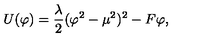
U ( \varphi ) = { \frac { \lambda } { 2 } } ( \varphi ^ { 2 } - \mu ^ { 2 } ) ^ { 2 } - F \varphi ,